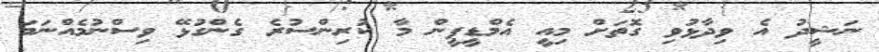
ނަޝީދު އެ ވިދާޅުވި ގޮތަށް މިއީ އެމްޑީޕީން މާ ކުރިންސުރެ ގެންގުޅޭ ވިސްނުމެއްނަމަ